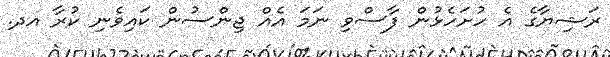
ރަޝިޔާގެ އެ ހުށަހެޅުން ފާސްވި ނަމަ އެއް ޖިންސުން ކައިވެނި ކުރާ އދ.